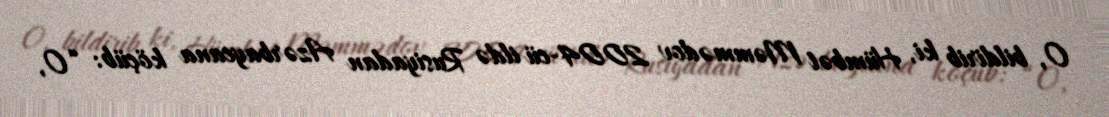
O, bildirib ki, Hümbət Məmmədov 2004-cü ildə Rusiyadan Azərbaycana köçüb: “O,